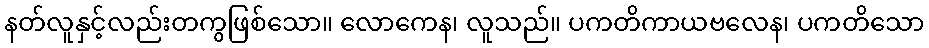
နတ်လူနှင့်လည်းတကွဖြစ်သော။ လောကေန၊ လူသည်။ ပကတိကာယဗလေန၊ ပကတိသော